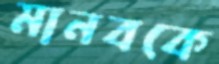
মানবকে